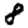
Digit: 8